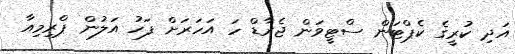
އަދި ކުރީގެ ކެޕްޓަން ސްޓީވަން ޖެރާޑް ހަ އަހަރަށް ފަހު އަލުން ޕްރިމިއާ